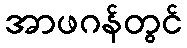
အာဖဂန်တွင်